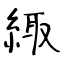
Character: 緅